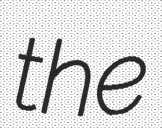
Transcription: the